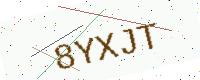
Text: 8YXJT